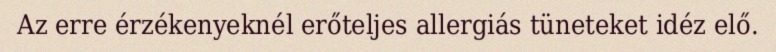
Az erre érzékenyeknél erőteljes allergiás tüneteket idéz elő.